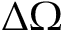
\Delta \Omega